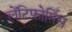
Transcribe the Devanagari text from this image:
लेंटिफोर्मिस